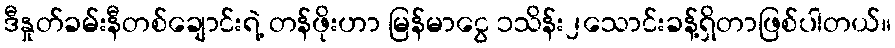
ဒီနှုတ်ခမ်းနီတစ်ချောင်းရဲ့ တန်ဖိုးဟာ မြန်မာငွေ ၁သိန်း၂သောင်းခန့်ရှိတာဖြစ်ပါတယ်။